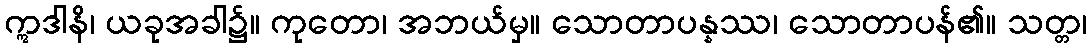
ဣဒါနိ၊ ယခုအခါ၌။ ကုတော၊ အဘယ်မှ။ သောတာပန္နဿ၊ သောတာပန်၏။ သတ္တ၊